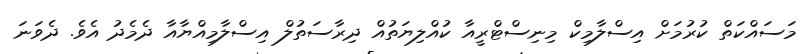
މަސައްކަތް ކުރުމަށް އިސްލާމިކް މިނިސްޓްރީއާ ކުއްލިޔަތުއް ދިރާސަތުލް އިސްލާމިއްޔާއާ ދެމެދު އެވެ. ދެވަނަ